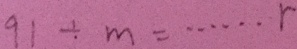
9 1 \div m = \cdots r